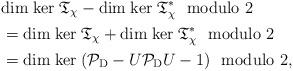
LaTeX: \begin{align*}& {\rm dim}\;{\rm ker}\; \mathfrak{T}_\chi-{\rm dim}\;{\rm ker}\; \mathfrak{T}_\chi^\ast\ \ \mbox{modulo} \ 2 \\&={\rm dim}\;{\rm ker}\; \mathfrak{T}_\chi+{\rm dim}\;{\rm ker}\; \mathfrak{T}_\chi^\ast\ \ \mbox{modulo} \ 2\\&={\rm dim}\;{\rm ker}\;(\mathcal{P}_{\rm D}-U\mathcal{P}_{\rm D}U-1)\ \ \mbox{modulo} \ 2,\end{align*}